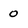
Character: 0